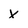
Character: x